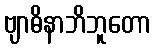
ဗျာဓိနာဘိဘူတော